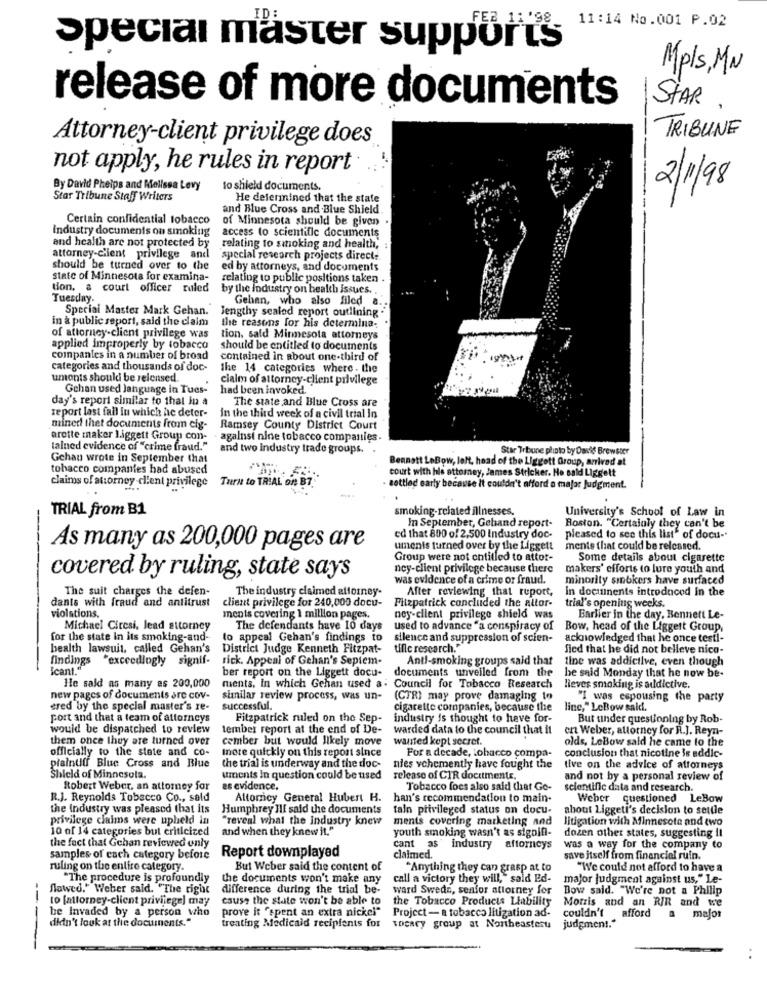
11:14 No.001 P.02
Special master supports
Mpls, MN
release of more documents
STAR
TRIBUNE
Attorney-client privilege does
not apply, he rules in report
By David Phelps and Melissa Levy
to shield documents.
2/1/98
Star Tribune Staff Writers
He determined that the state
and Blue Cross and Blue Shield
Certain confidential tobacco
of Minnesota should be given
Industry documents on smoking
and health are not protected by
access to scientific documents
relating to smoking and health,
attorney-Client privilege and
special research projects direct:
should be turned over to the
ed by attorneys, and documents
state of Minnesota for examina-
relating to public positions taken .
ton, a court officer ruled by the industry on health issues ..
Tuesday.
Gehan, who also filed a.
Special Master Mark Gehan.
lengthy scaled report outlining ."
in a public seport, said the claim
the reasons for his determina;
of attorney-client privilege was
tion, sald Minnesota attorneys
applied improperly by tobacco
should be entitled to documents
companies in a number of broad
contained in about one-third of
categories and thousands of doc-
the 14 categories where . the
umonts shouldi be released.
cialm of attorney-client privilege
Gchan used language in Tues-
had been invoked.
day's report similar to that in a
The state and Blue Cross are
report last fail In which he deter-
In the third week of a civil trial In
mined thet documents from cig
Ramsey County District Court
arotte maker liggett Group con-
against nine tobacco companies.
talned evidence of "crime fraud."
and two Industry trade groups.
Star Tribune plinto by Davis Brewster
Gehan wrote in September that
Bennett LoBow, left, head of the Liggott Group, arrived at
tobacco companies had abused
court with hle attorney, James Stricker. No sald Liggelt
claims of attorney-client privilege
Turn to TRIAL on B7
settled early because it couldn't afford a major Judgment.
TRIAL from B1
smoking-related illnesses.
In September, Gehand report-
University's School of Law in
Boston. "Certainly they can't be
ed that 800 of 2,500 Industry doc-
pleased to see this list" of docu -*
As many as 200,000 pages are
umenis turned over by the Liggett
ments that could be released.
Group were not entitled to attor-
Some details about cigarette
ney-client privilege because there
makers' efforts to lure youth and
covered by ruling, state says
was evidence of a crime or fraud.
minority smokers have surfaced
The suit charges the defen-
The industry claimed attorney-
After reviewing that report,
in documents introduced In the
dants with fraud and antitrust
client privilege for 240,000 docu-
Fitzpatrick concluded the altor-
trial's opening weeks.
violations.
ments covering 1 million pages.
ney-client privilege shield was
Earlier in the day. Bennett Le-
Michael Ciresi, lead attorney
The defendants have 10 days
used to advance "a conspiracy of
Bow, head of the Liggett Group,
for the state in its smoking-and-
to appeal Gehan's findings to
silence and suppression of scien-
acknowledged that he once testi-
health lawsuit. called Gehan's
District Judge Kenneth Fitzpat-
ulle research."
fied that he did not believe nico-
findings
"exceedingly signif-
rick. Appeal of Gehan's Septem-
Anti-smoking groups said that
line was addictive, even though
Icant.""
ber report on the Liggett docu-
documents unveiled from the
he said Monday that he now be-
He said as many as 200,000
ments, In which Gehan used a: Council for Tobacco Research
lieves smoking is addictive.
new pages of documents are cov-
similar review process, was un-
(CTR) may prove damaging to
"I was espousing the party
ered by the special master's re-
successful.
cigarette companies, because the
linc," LeBow sald.
port and that a team of attorneys
Fitzpatrick ruled on the Sep-
industry is thought to have for-
But tinder questioning by Rob-
would be dispatched to review
tembel report at the end of De-
warded data to the council that it
cnt Weber, attorney for R.J. Reyn-
them once they are turned over
cember but would likely move
wanted kept secret.
olds, LeBow sald he came to the
officially to the state and co-
more quickly on this report since
For a decade, Lohacco compa-
conclusion that nicotine is addic-
plainuff Blue Cross and Blue
the trial is underway and the doc-
nies vehemently have fought the
live on the advice of attorneys
Shield of Minnesota.
uments In question could be used
release of CIR documents.
and not by a personal review of
Robert Weber, an attorney for
es evidence.
Tobacco foes also said that Ge-
scientific data and research.
R.J. Reynolds Tobacco Co ., sald
Altomnicy General Hubert H.
han's recommendation to main-
Weber questioned LeBow
the Industry was pleased that its
Humphrey Ill said the documents
tain privileged status on docu-
about Liggeti's decision to settle
privilege claims were upheld in
"reveal what the industry knew
ments covering marketing and
litigation with Minnesota and two
10 of 14 categories but criticized
and when they knew it."
youth smoking wasn't as sigolf-
dozen other states, suggesting il
the fact that Gchan reviewed only
cant as
industry afforneys
was a way for the company to
samples of cach category before
Report downplayed
claimed.
save itself from financial ruin.
ruling on the entire category.
But Weber said the content of
"Anything they can grasp at to
"We could not afford to have a
"The procedure is profoundly
the documents won't make any
call a victory they will,"sald Ed-
major judgment against us," Le-
flawed." Weber sald. "The right
difference during the trial be-
ward Swede, senfor attorney for
Bow said. "We're not a Philip
to [attorney-client privilege) may
cause the state won't be able to
the Tobacco Products Liability
Morris and an RIR and we
be Invaded by a person who
prove it "spent an extra nickel"
Project - a tobacco litigation ad-
didn't look at the documents.".
couldn't afford a
major
---
treating Medicaid recipients for
tocary group at Northeastesta judgment."